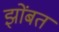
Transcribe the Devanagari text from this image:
झोंबत